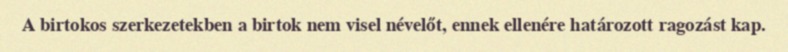
A birtokos szerkezetekben a birtok nem visel névelőt, ennek ellenére határozott ragozást kap.